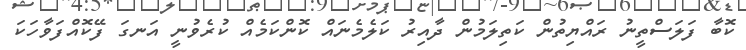
ކޮބާ ފަލަސްތީނު ރައްޔިތުން ކަތިލަމުން ދާއިރު ކަލެމެނައް ކޮންކަމެއް ކުރެވުނީ އަނގަ ފޭކޮއްފަވާހަކަ